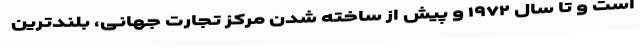
است و تا سال ۱۹۷۲ و پیش از ساخته شدن مرکز تجارت جهانی، بلند‌ترین